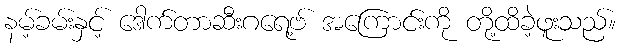
နမ့်ခမ်းနှင့် ဒေါက်တာဆီးဂရေ့ဗ် အကြောင်းကို တို့ထိခဲ့ဖူးသည်။